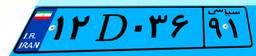
۱۲D۰۳۶۹۱